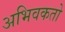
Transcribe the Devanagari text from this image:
अभिवकतो